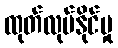
ထုတ်လုပ်နိုင်မှု